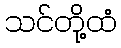
သင်တို့ထံ